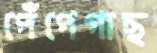
পেঁপেগাছ